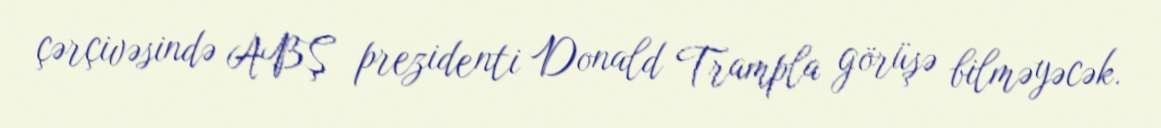
çərçivəsində ABŞ prezidenti Donald Trampla görüşə bilməyəcək.